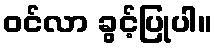
ဝင်လာ ခွင့်ပြုပါ။